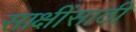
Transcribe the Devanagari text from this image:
साक्षींसाठी